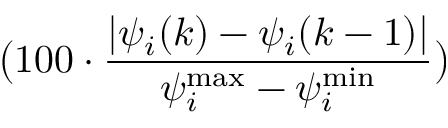
\big ( 1 0 0 \cdot \frac { \vert \psi _ { i } ( k ) - \psi _ { i } ( k - 1 ) \vert } { \psi _ { i } ^ { \operatorname* { m a x } } - \psi _ { i } ^ { \operatorname* { m i n } } } \big )